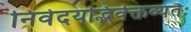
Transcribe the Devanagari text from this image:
निवेदयद्भिर्वक्तव्यंतैः